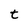
Character: t